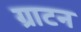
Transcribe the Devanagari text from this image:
ग्राटन